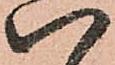
八